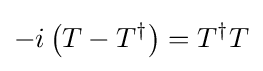
-i\left(T-T^{\dagger }\right)=T^{\dagger }T